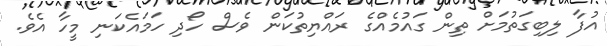
އުފާ ލިބިގަތުމަށް ތިން ގައުމެއްގެ ރައްޔިތުކަން ވެސް ހޯދި ހަމައެކަނި މީހާ އެވެ.